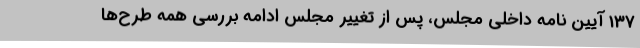
137 آیین نامه داخلی مجلس، پس از تغییر مجلس ادامه بررسی همه طرح‌ها